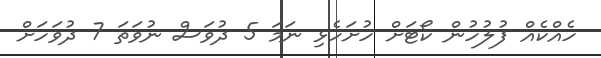
ހެއްކެއް ފުލުހުން ކޯޓަށް ހުށަހެޅި ނަމަ 5 ދުވަސް ނުވަތަ 7 ދުވަހަށް